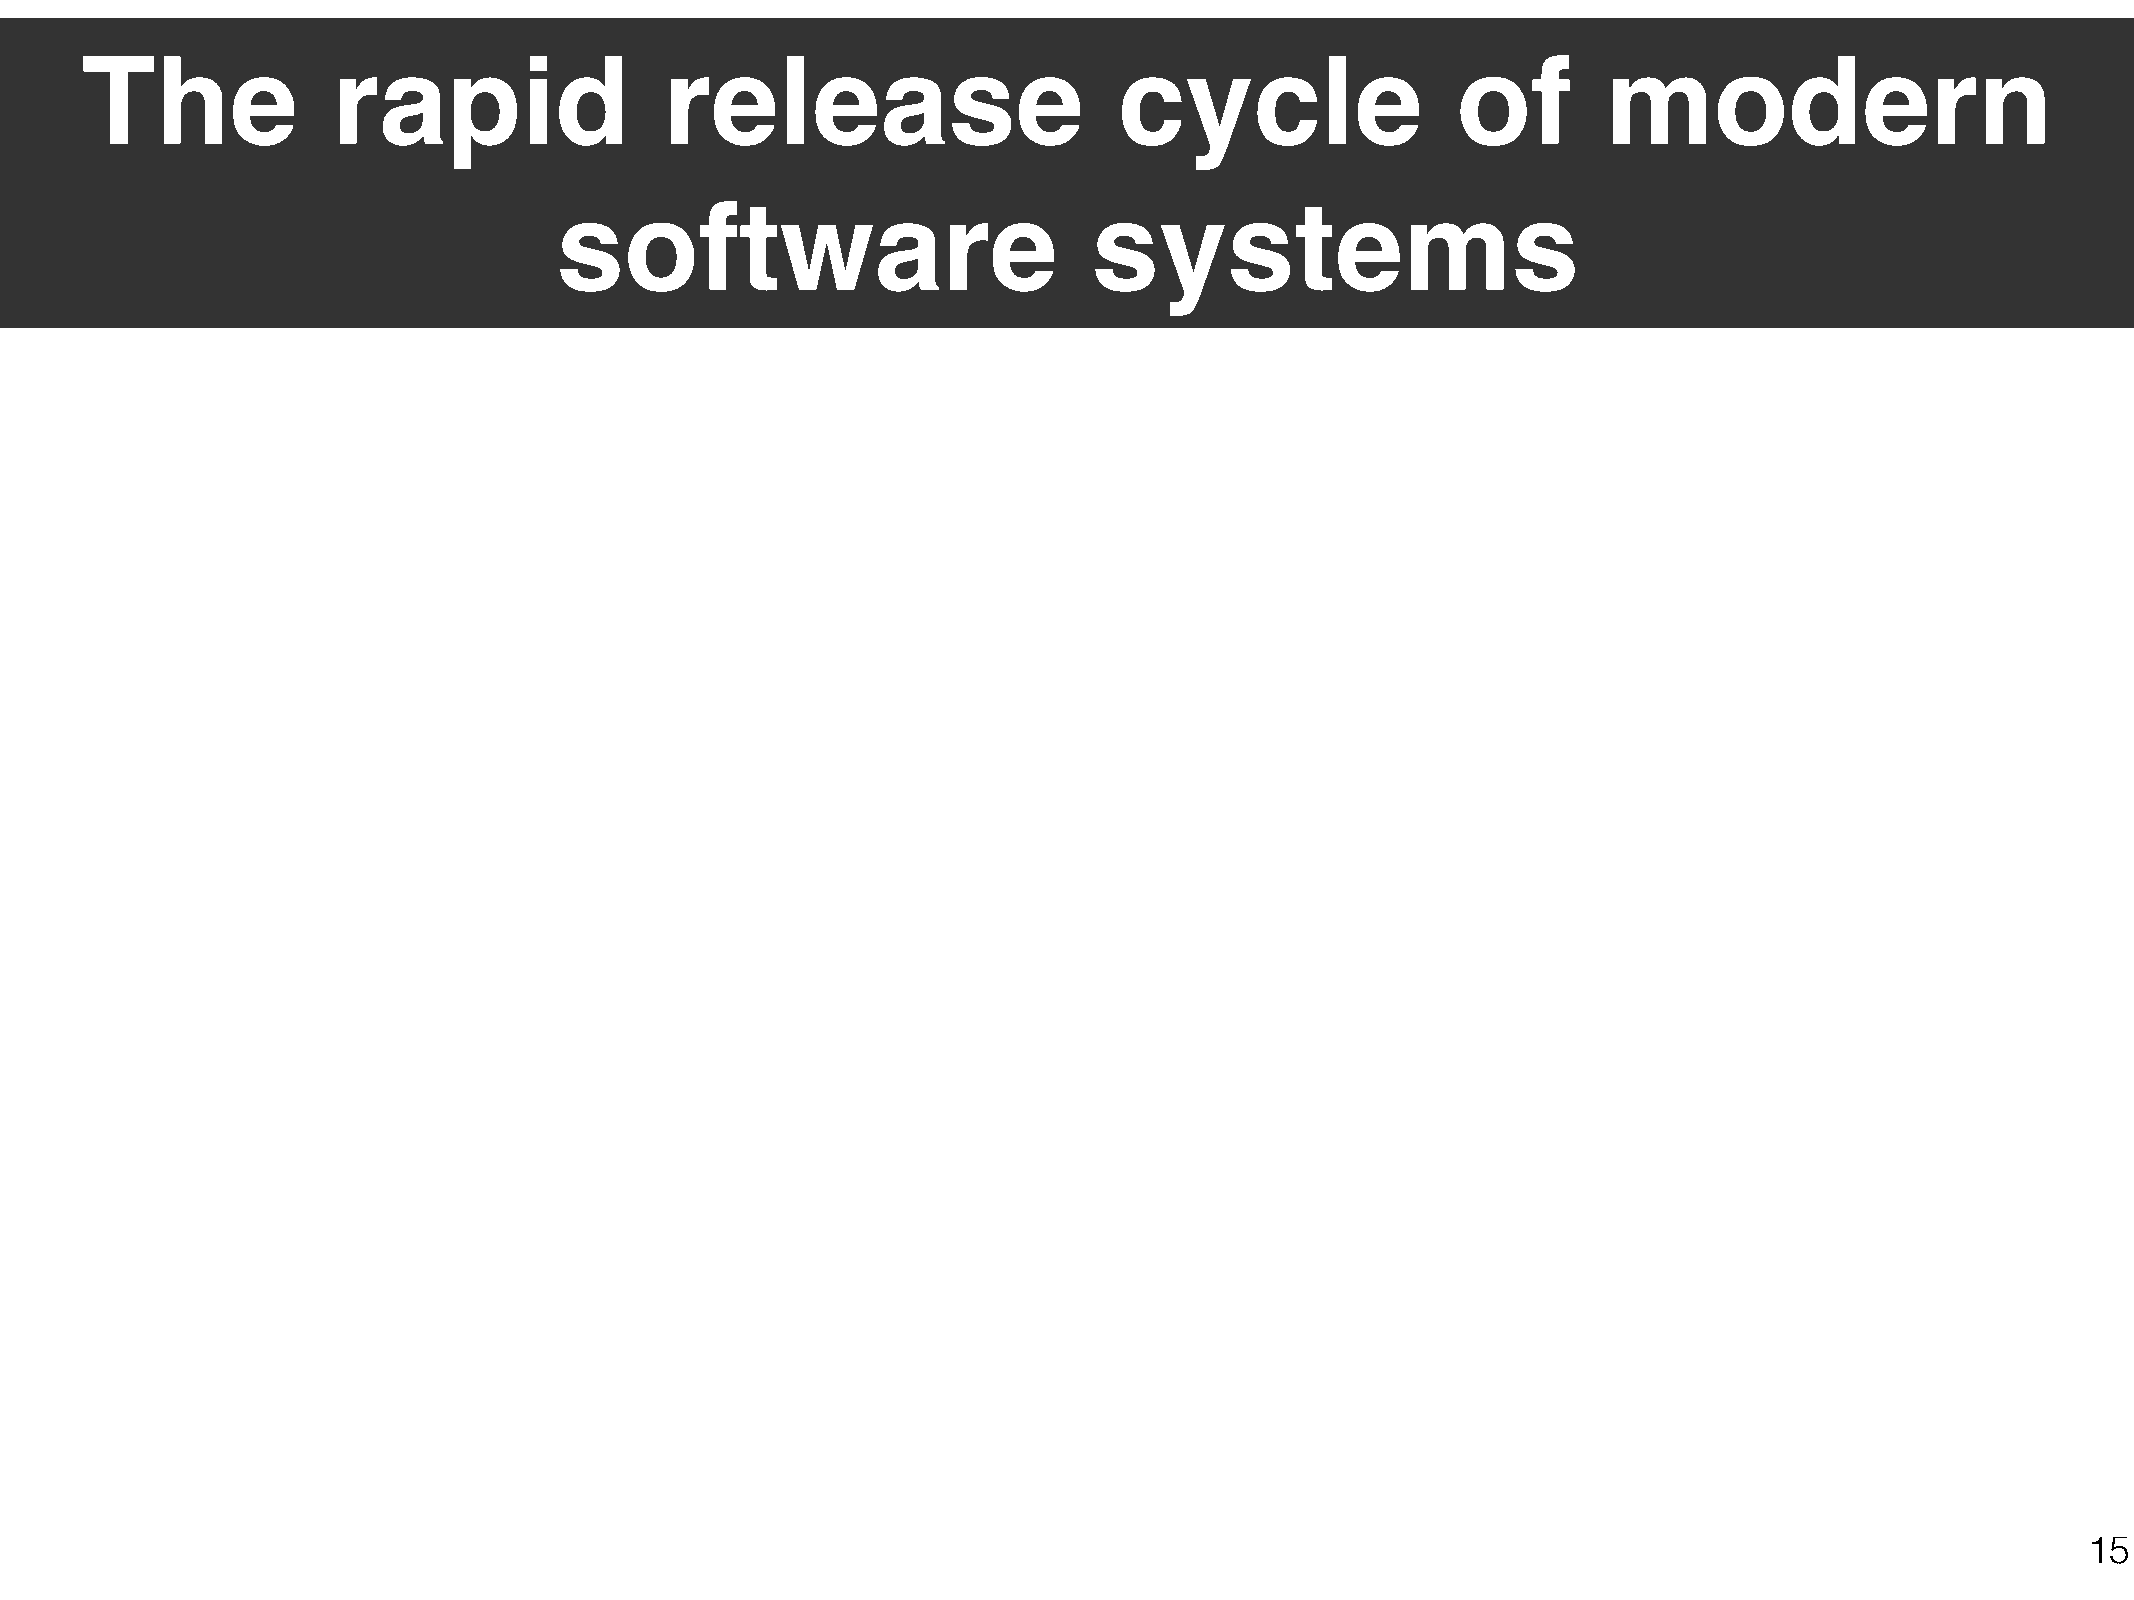
The              rapid                 release                       cycle                 of        modern
 software                           systems
 15